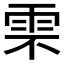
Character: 𩂆